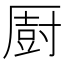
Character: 㕑